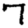
Digit: 7